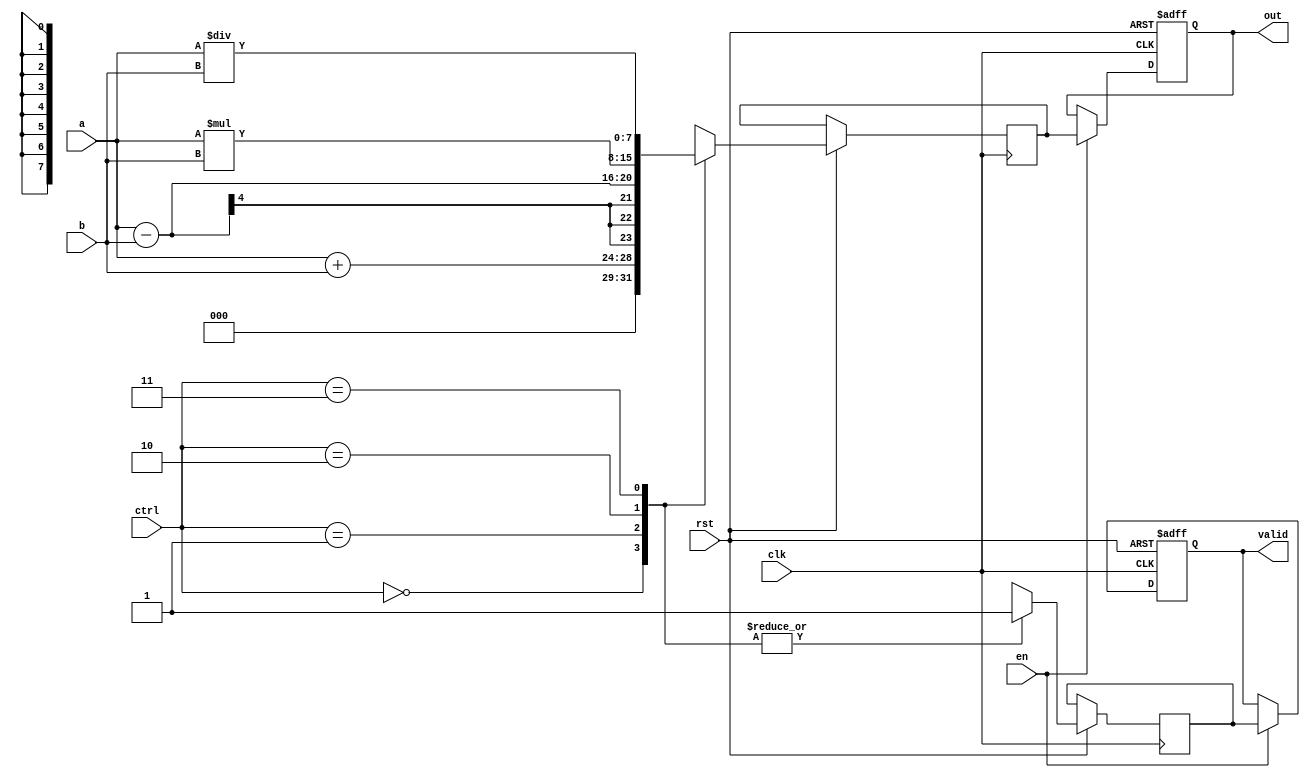
 `timescale 1 ns / 1ns

module alu (a, b, clk, rst, ctrl, en, out, valid);

input  [3:0] a;
input  [3:0] b;
input        clk;
input        rst;
input  [1:0] ctrl;
input        en;
output wire [7:0] out;
output wire      valid;
reg    [7:0] out_r, out_nxt;
reg    valid_r, valid_nxt;
	
always @ (posedge clk or negedge rst)		
  begin
 	if (!rst)
	begin  
		out_r <= 8'b0;
		valid_r <= 1'b0;
	end
	else 
 begin

	case (ctrl)
		2'd0 : begin
				out_nxt <= a+b;
				valid_nxt <=1'b1;
			 end
		2'd1 : begin
				out_nxt <= a-b;
				valid_nxt <=1'b1;
			 end
		2'd2 : begin
				out_nxt <= a*b;
				valid_nxt <=1'b1;
			 end
		2'd3 : begin
				out_nxt <= a/b;
				valid_nxt <=1'b1;
			 end
        default : begin
				out_nxt <= 8'b0;
				valid_nxt <=1'b0;
			 end
	endcase


if (en)
		begin
		out_r <= out_nxt;
		valid_r <= valid_nxt;
		end
	else
		begin
		out_r <= out_r;
		valid_r <= valid_r;
		end
  end
 end 
assign out = out_r;
assign valid = valid_r;

endmodule